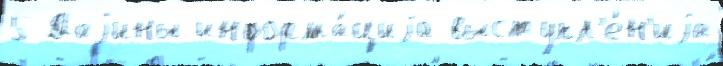
5 Даjины информа́циjа выступл'е́н'иjа